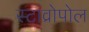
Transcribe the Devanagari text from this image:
स्टाव्रोपोल